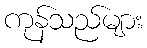
ကုန်သည်များ